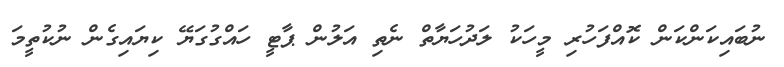
ނުބައިކަންކަން ކޮއްފަހުރި މީހަކު ލަދުހަޔާތް ނެތި އަލުން ޕާޓީ ހައްގުގަޔޭ ކިޔައިގެން ނުކުތީމަ